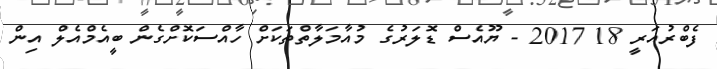
ފެެބްރުއަރީ 18 2017 - ޔޫއެސް ޑޮލަރުގެ މުއާމަލާތްތަކަށް ހާއްސަކޮށްގެން ބީއެމްއެލް އިން